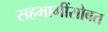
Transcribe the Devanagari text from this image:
सहभागींसोबत